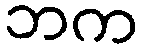
ဘက